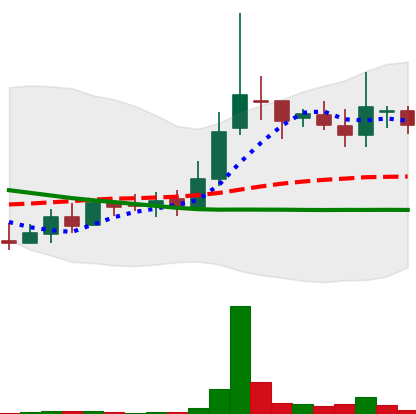
Ticker: LINK-USD
Chart end date: 2018-09-28
Forward return: -7.357%
Label: down_7plus